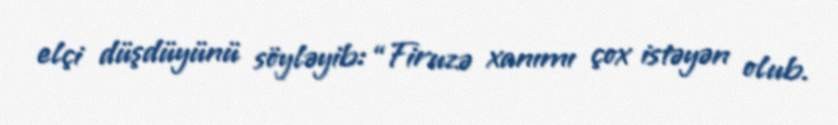
elçi düşdüyünü söyləyib: “Firuzə xanımı çox istəyən olub.